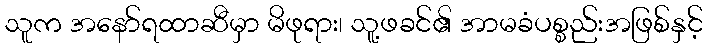
သူက အနော်ရထာဆီမှာ မိဖုရား၊ သူ့ဖခင်၏ အာမခံပစ္စည်းအဖြစ်နှင့်